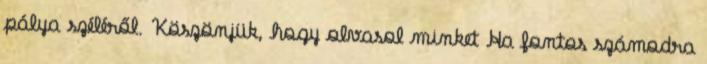
pálya széléről. Köszönjük, hogy olvasol minket Ha fontos számodra